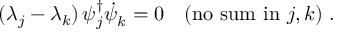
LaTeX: ( \lambda _ { j } - \lambda _ { k } ) \, \psi _ { j } ^ { \dagger } { \dot { \psi } } _ { k } ^ { } = 0 ~ ~ ~ \mathrm { ( n o ~ s u m ~ i n } ~ j , k \mathrm { ) } ~ .